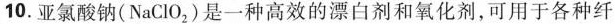
10.亚氯酸钠(NaClO_{2})是一种高效的漂白剂和氧化剂，可用于各种纤